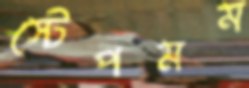
স্টেপমম